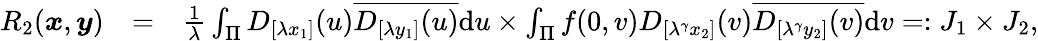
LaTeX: \begin{array}{rlr}{R_{2}(\boldsymbol{x},\boldsymbol{y})}&{=}&{\frac{1}{\lambda}\int_{\Pi}D_{[\lambda x_{1}]}(u)\overline{{D_{[\lambda y_{1}]}(u)}}\mathrm du\times\int_{\Pi}f(0,v)D_{[\lambda^{\gamma}x_{2}]}(v)\overline{{D_{[\lambda^{\gamma}y_{2}]}(v)}}\mathrm dv=:J_{1}\times J_{2},}\end{array}